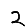
Digit: 2